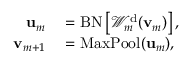
\begin{array} { r l } { { \bf u } _ { m } } & { { } = \mathrm { B N } \left[ \mathcal { W } _ { m } ^ { \mathrm { d } } ( { \bf v } _ { m } ) \right] , } \\ { { \bf v } _ { m + 1 } } & { { } = \mathrm { M a x P o o l } ( { \bf u } _ { m } ) , } \end{array}